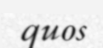
quos